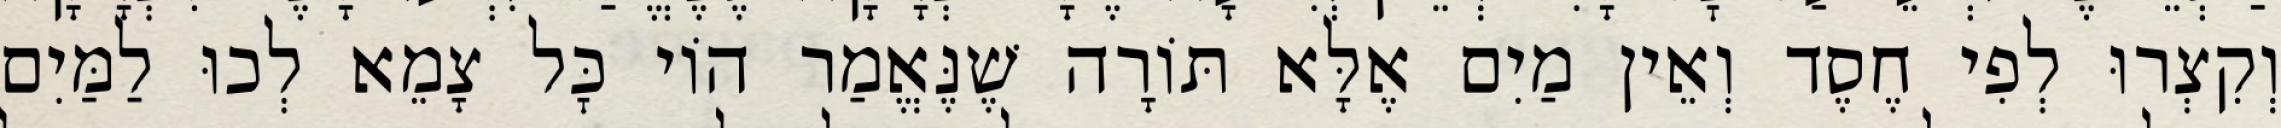
וְקִצְרוּ לְפִי חֶסֶד וְאֵין מַיִם אֶלָּא תּוֹרָה שֶׁנֶּאֱמַר הוֹי כׇּל צָמֵא לְכוּ לַמַּיִם